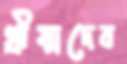
গ্রীষ্মদেব